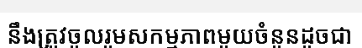
នឹងត្រូវចូលរួមសកម្មភាពមួយចំនួនដូចជា